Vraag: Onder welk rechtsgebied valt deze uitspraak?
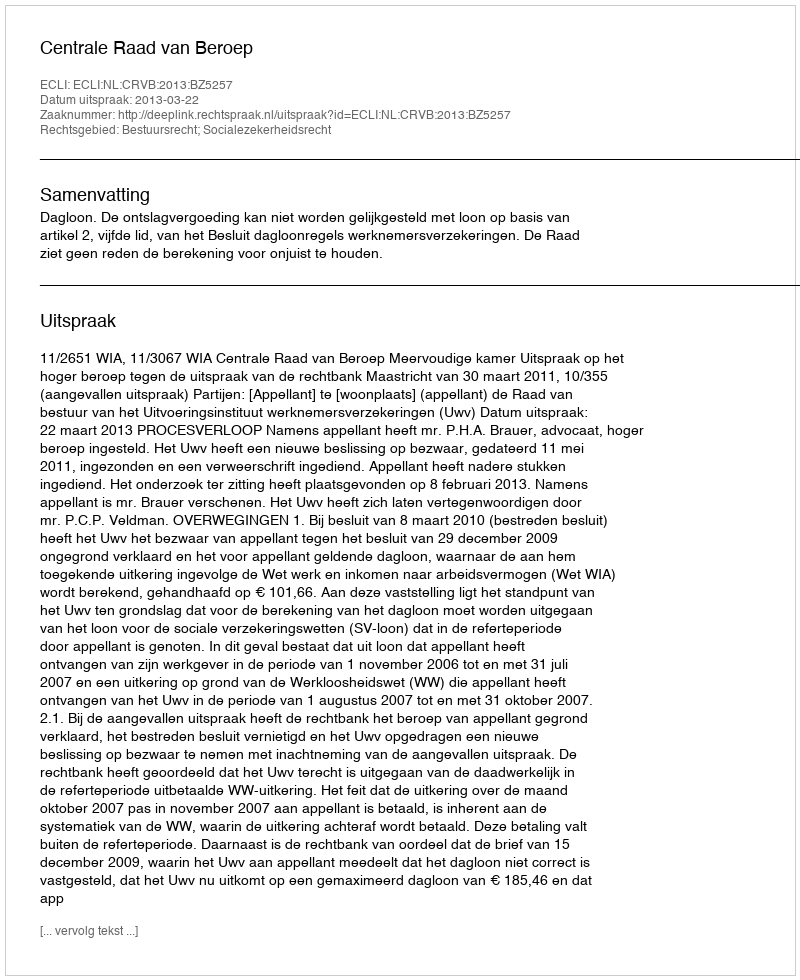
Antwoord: Bestuursrecht; Socialezekerheidsrecht